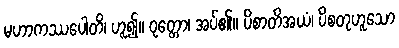
မဟာကဿပေါတိ၊ ဟူ၍။ ဝုတ္တော၊ အပ်၏။ ပိစာတိအယံ၊ ပိစတုဟူသော